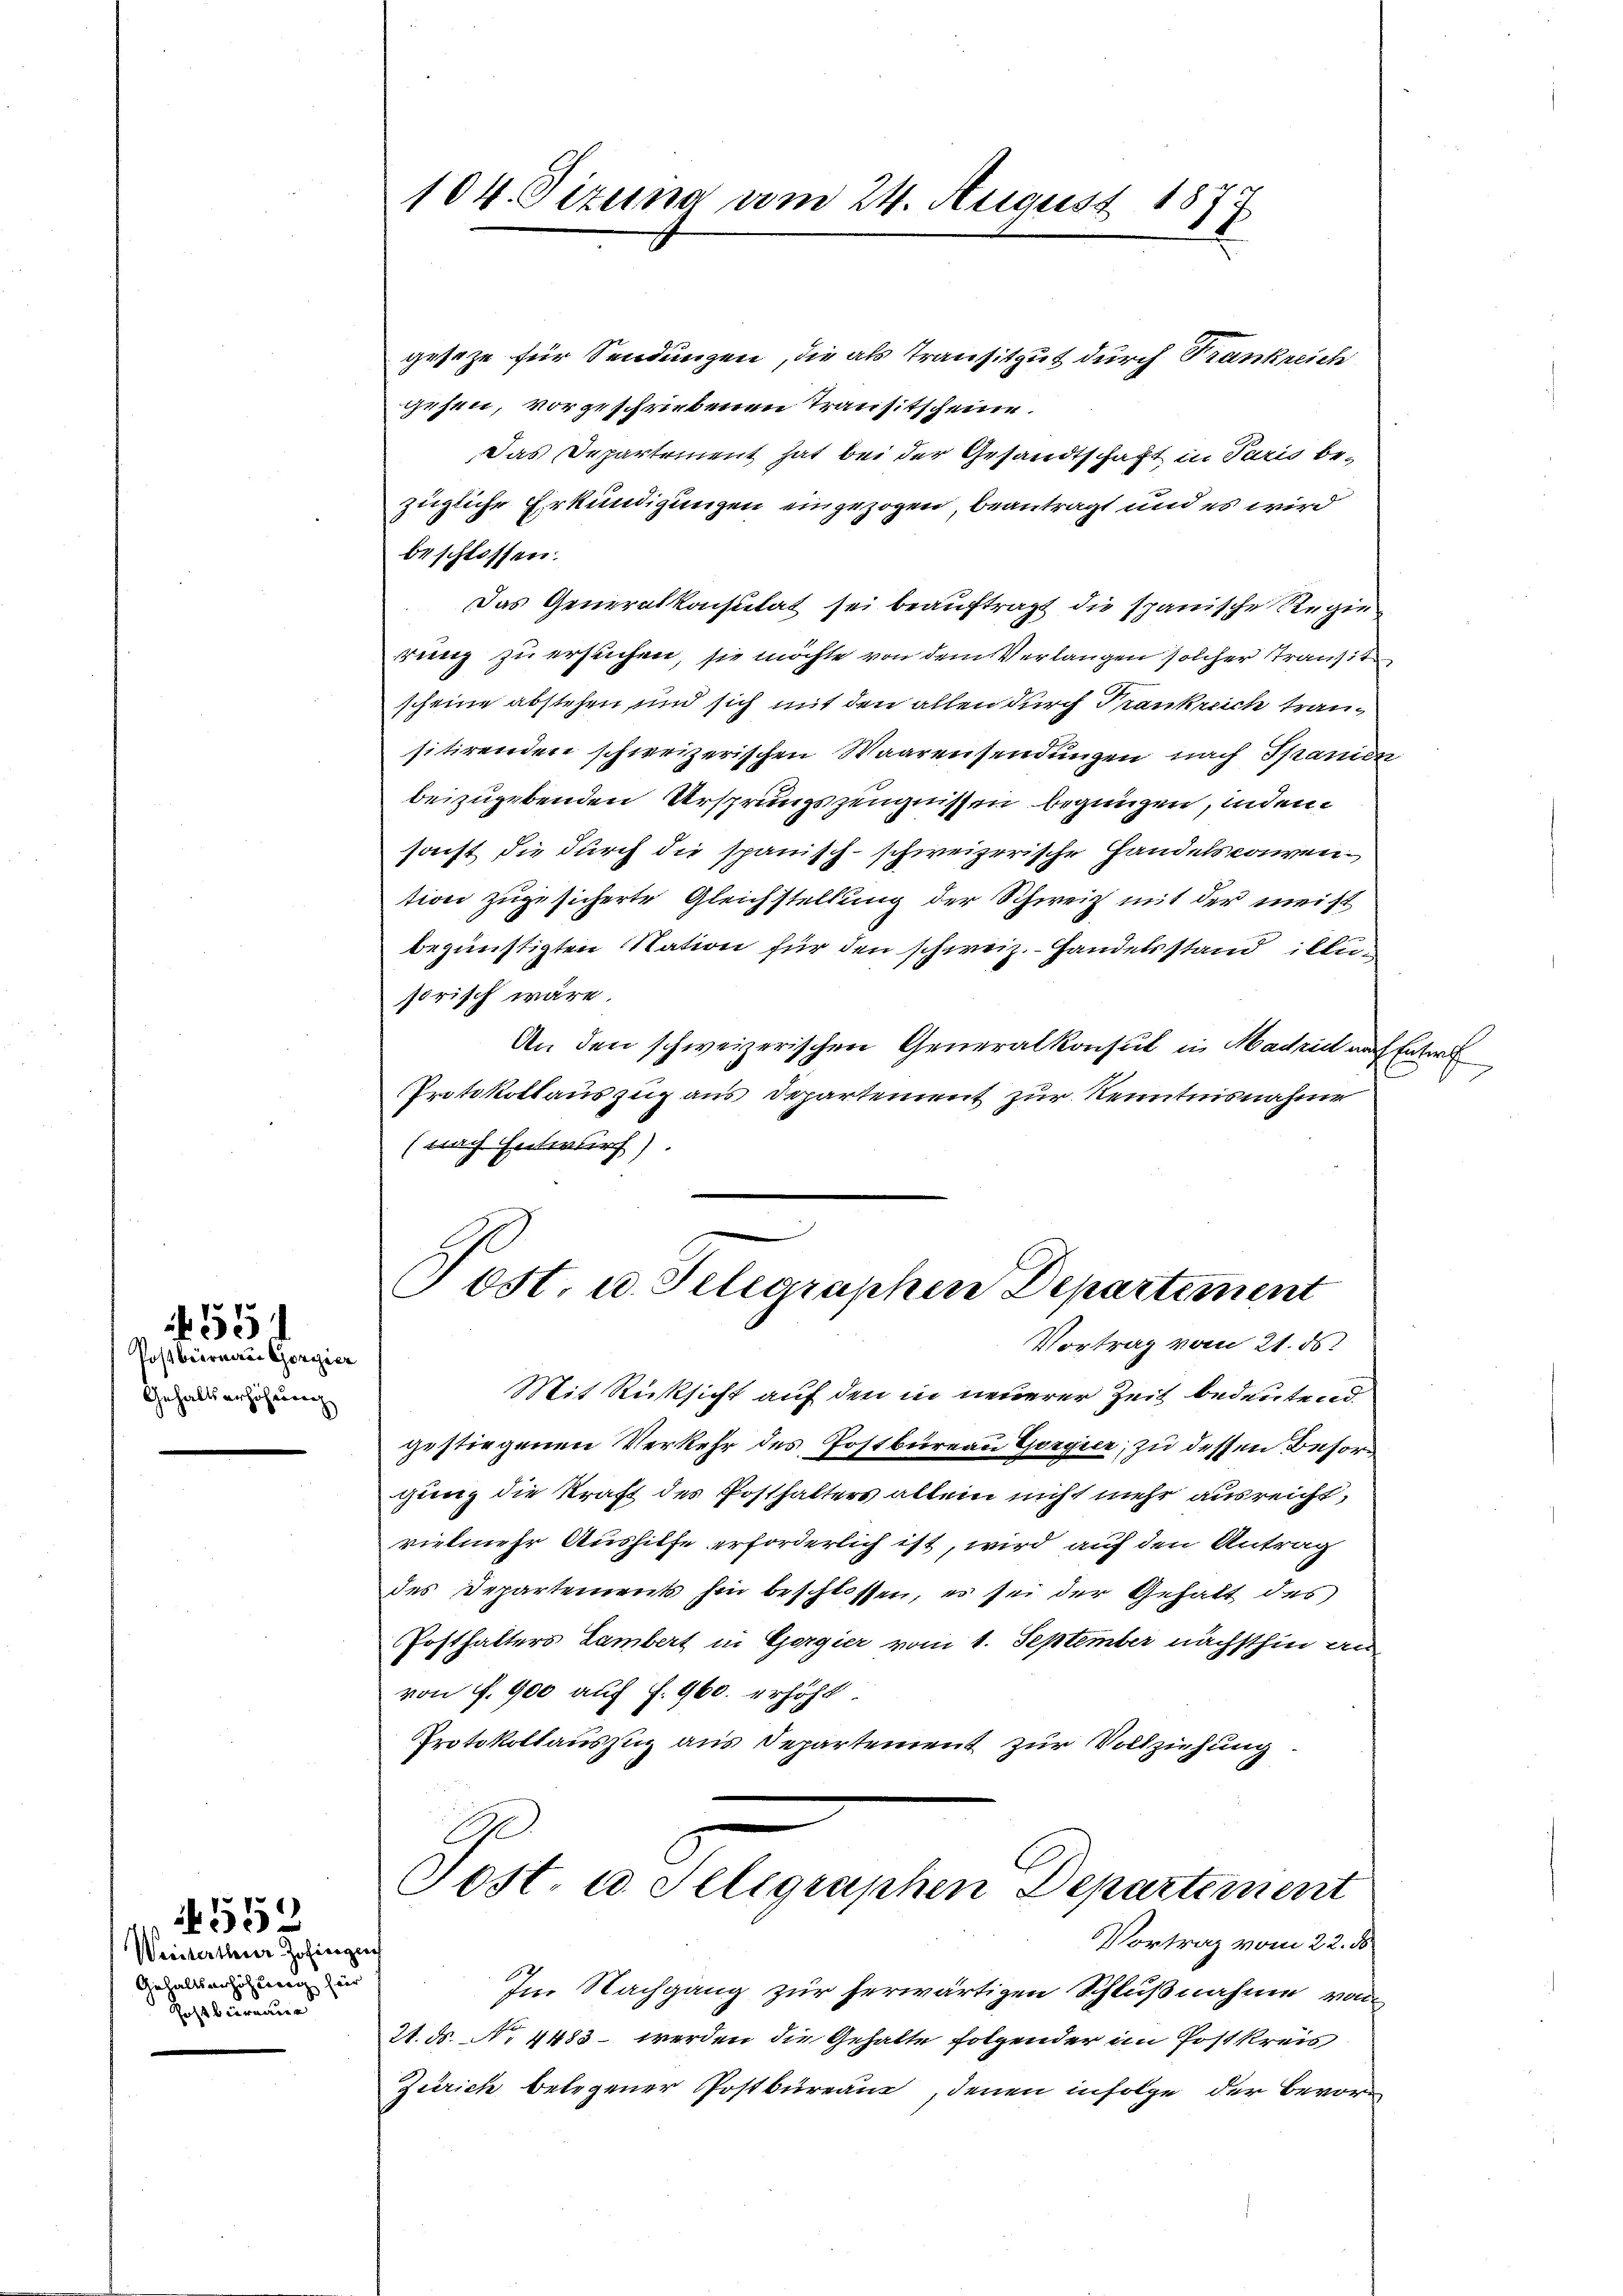
Postbrörnerer Gorgier
Gehaltserhöhnung

55

Gehaltserhöhlung für
Hostbierenun

4552
Weistertheier Zofingen

104. Sizung vom 24. August 1873
1

geseze für Sendungen, die als Transitzut durch Frankreich
gehen, vorgeschriebenen Transitscheine.
Das Departement hat bei der Gesandtschaft in Paris bezügliche Erkundigungen eingezogen, beantragt und es wird
beschlossen:
Das Generalkonsulat sei beauftragt die spanische Regierung zu ersuchen, sie möchte von dem Verlangen solcher Transit
scheine abstehen und sich mit den allen durch Trankreich trausitirenden schweizerischen Waarensendungen nach Spanien
beizugebenden Ursprungszeugnissen begingen, indem
sonst die durch die spanisch-schweizerische Handelsconvention zugesicherte Gleichstellung der Schweiz mit der meist
begünstigten Nation für den schweiz. Handelsstand illusorisch wäre.
An den schweizerischen Generalkonsul in Machritt nach Enterl
Protokollauszug aus Departement zur Kenntnisnahme
(nach Entwurf).

Post. u. Telegraphen Departement
Vortrag vom 21. ds.

Mit Rücksicht auf den in neuerer Zeit bedeutend.
gestiegenen Verkehr des Postbüreau Gorgica, zu dessen Besord
gung die Kraft des Posthalters allein nicht mehr ausreicht,
vielmehr Aushilfe erforderlich ist, wird auf den Antrag
des Departements hin beschlossen, es sei der Gehalt des
Posthalters Lambert in Gergier vom 1. September nächsthin an
von f. 900 auf S. 960. erhöht.
Protokollauszug aus Departement zur Vollziehung

Tost u. Seligraphen Departement
Vortrag vom 22. ds

Im Nachgang zur herwärtigen Schlußnahme von
21. ds. No 4483 werden die Gehalte folgender im Postkreis
Zürich belegener Postbureau, denen infolge der Bevor¬